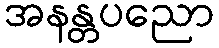
အနန္တပညော